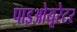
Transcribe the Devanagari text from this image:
पाइओयूरेटर